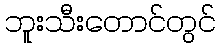
ဘူးသီးတောင်တွင်